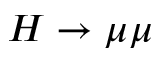
H \to \mu \mu